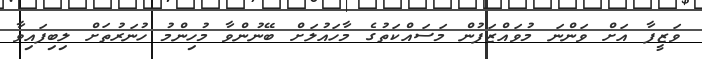
ވަޒީފާ އަށް ވަންނަ މުވައްޒަފުން މަސައްކަތުގެ މާހައުލަށް ބޭނުންވާ މުހިންމު ހުނަރުތަށް ލިބިފައިވާ